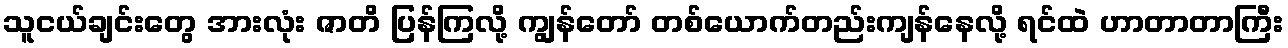
သူငယ်ချင်းတွေ အားလုံး ဇာတိ ပြန်ကြလို့ ကျွန်တော် တစ်ယောက်တည်းကျန်နေလို့ ရင်ထဲ ဟာတာတာကြီး